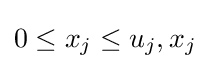
0\leq x_{j}\leq u_{j},x_{j}